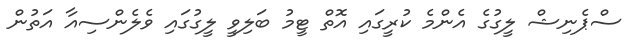
ސްޕެނިޝް ލީގުގެ އެންމެ ކުރީގައި އޮތް ޓީމު ބަލިވީ ލީގުގައި ވެލެންސިއާ އަތުން